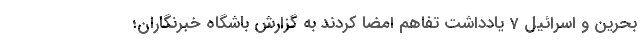
بحرین و اسرائیل 7 یادداشت‌ تفاهم امضا کردند به گزارش باشگاه خبرنگاران؛